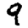
Digit: 9